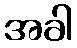
အခါ